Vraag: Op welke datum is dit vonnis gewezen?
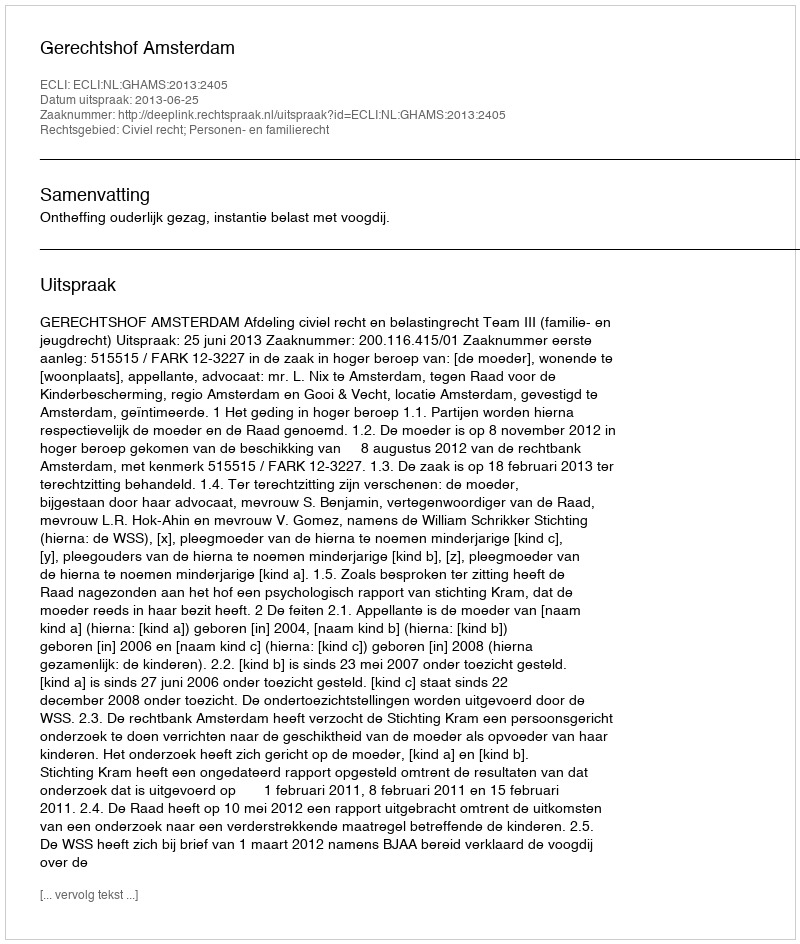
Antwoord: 2013-06-25